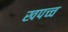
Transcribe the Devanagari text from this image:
खपच्च